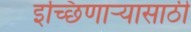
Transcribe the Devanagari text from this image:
इच्छिणाऱ्यासाठी